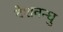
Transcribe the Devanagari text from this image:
देशवन्धु